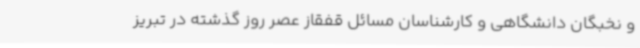
و نخبگان دانشگاهی و کارشناسان مسائل قفقاز عصر روز گذشته در تبریز